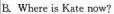
B. Where is Kate now?